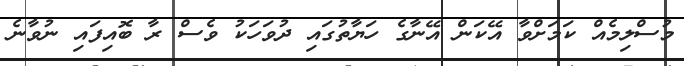
މުސްލިމެއް ކަމަށްވާ އޭކަން އޭނާގެ ހަޔާތުގައި ދުވަހަކު ވެސް ރާ ބޮއިފައި ނުވާނެ